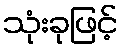
သုံးခုဖြင့်